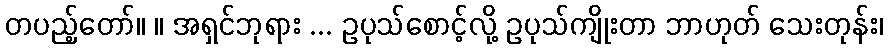
တပည့်တော်။ ။ အရှင်ဘုရား ... ဥပုသ်စောင့်လို့ ဥပုသ်ကျိုးတာ ဘာဟုတ် သေးတုန်း၊